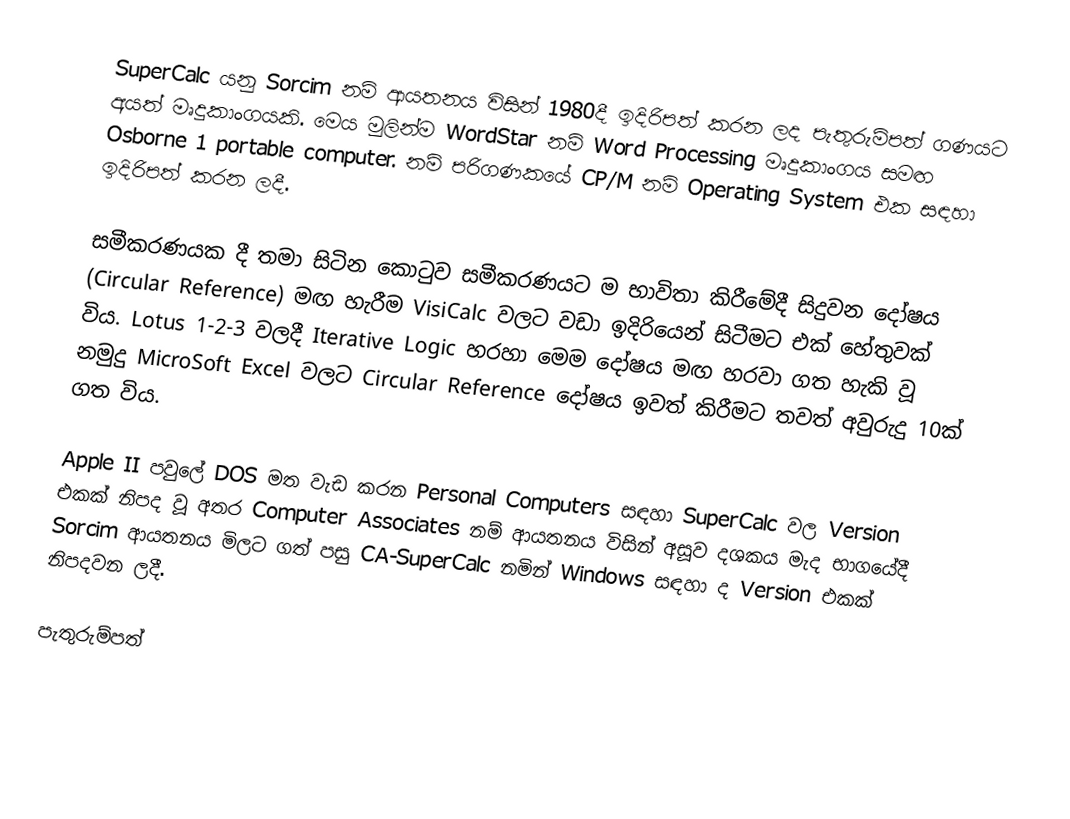
SuperCalc යනු Sorcim නම් ආයතනය විසින් 1980දී ඉදිරිපත් කරන ලද පැතුරුම්පත් ගණයට අයත් මෘදුකාංගයකි. මෙය මුලින්ම WordStar නම් Word Processing මෘදුකාංගය සමඟ Osborne 1 portable computer. නම් පරිගණකයේ CP/M නම් Operating System එක සඳහා ඉදිරිපත් කරන ලදී.

සමීකරණයක දී තමා සිටින කොටුව සමීකරණයට ම භාවිතා කිරීමේදී සිදුවන දෝෂය (Circular Reference) මඟ හැරීම VisiCalc වලට වඩා ඉදිරියෙන් සිටීමට එක් හේතුවක් විය. Lotus 1-2-3 වලදී Iterative Logic හරහා මෙම දෝෂය මඟ හරවා ගත හැකි වූ නමුදු MicroSoft Excel වලට Circular Reference දෝෂය  ඉවත් කිරීමට තවත් අවුරුදු 10ක් ගත විය.

Apple II පවුලේ DOS මත වැඩ කරන Personal Computers සඳහා SuperCalc වල Version එකක් නිපද වූ අතර Computer Associates නම් ආයතනය විසින් අසූව දශකය මැද භාගයේදී Sorcim ආයතනය මිලට ගත් පසු CA-SuperCalc නමින් Windows සඳහා ද Version  එකක් නිපදවන ලදී.

පැතුරුම්පත්